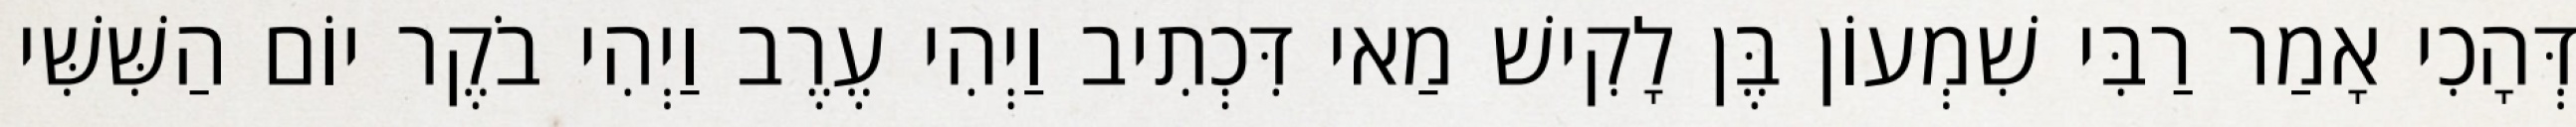
דְּהָכִי אָמַר רַבִּי שִׁמְעוֹן בֶּן לָקִישׁ מַאי דִּכְתִיב וַיְהִי עֶרֶב וַיְהִי בֹקֶר יוֹם הַשִּׁשִּׁי